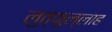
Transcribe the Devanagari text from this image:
लुत्फुल्लाह